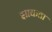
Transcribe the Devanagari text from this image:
झाकता